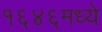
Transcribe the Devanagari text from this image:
१६४६मध्ये